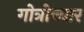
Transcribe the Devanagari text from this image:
गोत्रोच्चार